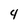
Character: 4